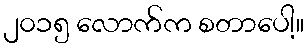
၂၀၁၅ လောက်က စတာပေါ့။